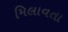
મિલાવતા